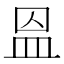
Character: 𥁕